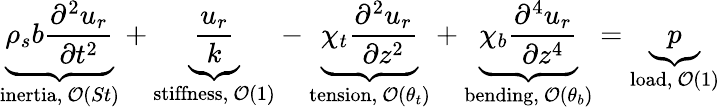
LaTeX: \underbrace{\rho_{s}b\frac{\partial^{2}u_{r}}{\partial t^{2}}}_{\mathrm{inertia},~\mathcal{O}(St)}+\underbrace{\frac{u_{r}}{k}}_{\mathrm{stiffness},~\mathcal{O}(1)}-\underbrace{\chi_{t}\frac{\partial^{2}u_{r}}{\partial z^{2}}}_{\mathrm{tension},~\mathcal{O}(\theta_{t})}+\underbrace{\chi_{b}\frac{\partial^{4}u_{r}}{\partial z^{4}}}_{\mathrm{bending},~\mathcal{O}(\theta_{b})}=\underbrace{p}_{\mathrm{load},~\mathcal{O}(1)}